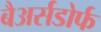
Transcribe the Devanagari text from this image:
बैअर्सडोर्फ